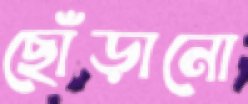
ছোঁড়ানো